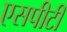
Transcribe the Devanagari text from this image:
एसपीटी